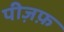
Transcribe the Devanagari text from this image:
पीज़फ़